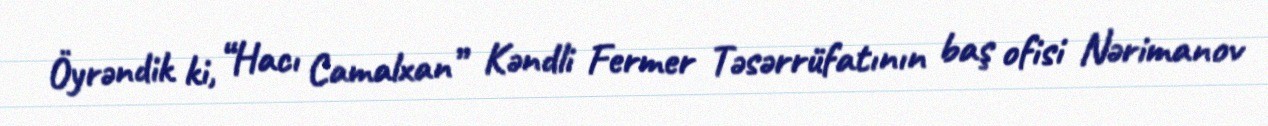
Öyrəndik ki, “Hacı Camalxan” Kəndli Fermer Təsərrüfatının baş ofisi Nərimanov